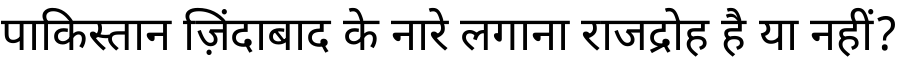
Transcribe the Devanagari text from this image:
पाकिस्तान ज़िंदाबाद के नारे लगाना राजद्रोह है या नहीं?